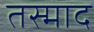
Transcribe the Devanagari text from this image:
तस्माद